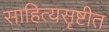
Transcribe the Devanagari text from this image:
साहित्यसॄष्टीत